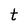
Character: t